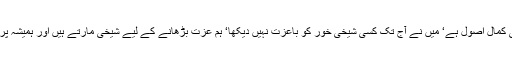
فرمایا شیخی نہ بگھارو‘ یہ بھی کمال اصول ہے‘ میں نے آج تک کسی شیخی خور کو باعزت نہیں دیکھا‘ ہم عزت بڑھانے کے لیے شیخی مارتے ہیں اور ہمیشہ پرانی عزت بھی گنوا بیٹھتے ہیں۔